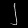
Digit: ၂